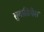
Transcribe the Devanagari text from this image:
सुवाडिवेस